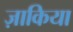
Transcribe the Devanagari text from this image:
ज़ाकिया